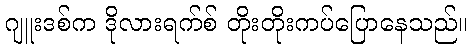
ဂျူးဒစ်က ဒိုလားရက်စ် တိုးတိုးကပ်ပြောနေသည်။